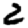
Digit: 2